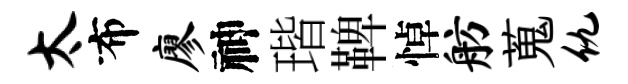
太布廖神瑎鞞悼舫蒐仇